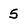
Character: 5